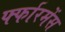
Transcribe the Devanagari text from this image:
र्फ्फारमेंस